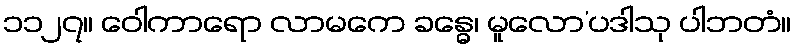
၁၁၂၇။ ဝေါကာရော လာမကေ ခန္ဓေ၊ မူလော’ပဒါသု ပါဘတံ။